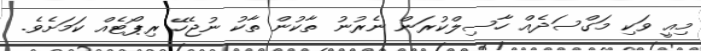
މިއީ ވަކި މަގްސަދެއް ހާސިލްކުރަން ނެރުނު ތާކުން ތާކު ނުޖެހޭ ރިޕޯޓެއް ކަމަށެވެ.